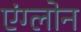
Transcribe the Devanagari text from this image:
एंग्लोन